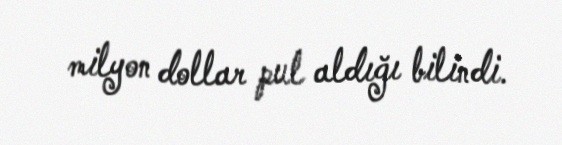
milyon dollar pul aldığı bilindi.